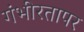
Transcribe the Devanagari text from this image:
गंभीरतापर